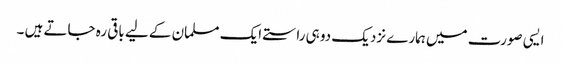
ایسی صورت میں ہمارے نزدیک دو ہی راستے ایک مسلمان کے لیے باقی رہ جاتے ہیں ۔